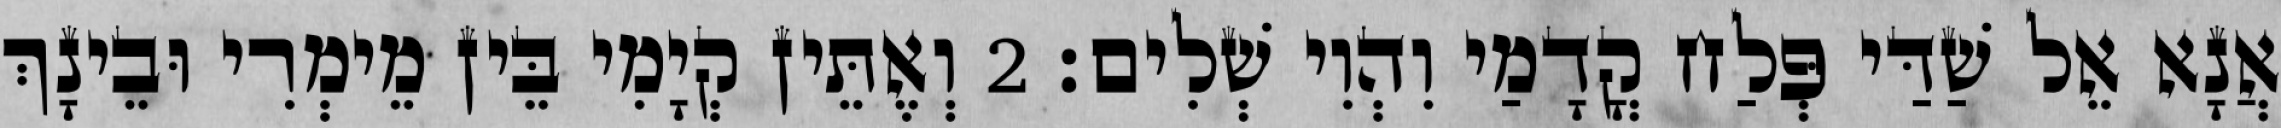
אֲנָא אֵל שַׁדַּי פְּלַח קֳדָמַי וִהְוִי שְׁלִים׃ 2 וְאֶתֵּין קְיָמִי בֵּין מֵימְרִי וּבֵינָךְ